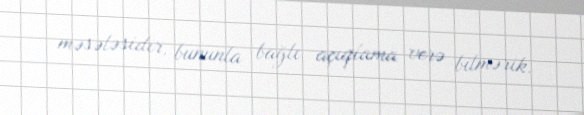
məsələsidir, bununla bağlı açıqlama verə bilmərik.